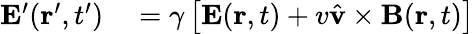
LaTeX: \begin{array}{rl}{\mathbf{E}^{\prime}(\mathbf{r}^{\prime},t^{\prime})}&{{}=\gamma\left[\mathbf{E}(\mathbf{r},t)+v\hat{\mathbf{v}}\times\mathbf{B}(\mathbf{r},t)\right]}\end{array}